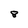
Character: 8